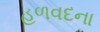
હળવદના